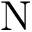
\mathrm { N }